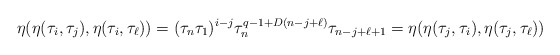
\begin{align*}\eta(\eta(\tau_i, \tau_j),\eta(\tau_i,\tau_\ell))=(\tau_n \tau_1)^{i-j} \tau_n^{q-1+D(n-j+\ell)}\tau_{n-j+\ell+1}=\eta(\eta(\tau_j, \tau_i),\eta(\tau_j,\tau_\ell))\end{align*}